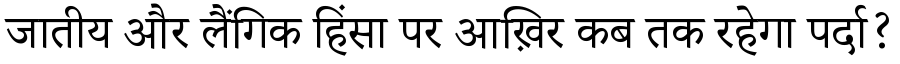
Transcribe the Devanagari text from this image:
जातीय और लैंगिक हिंसा पर आख़िर कब तक रहेगा पर्दा?